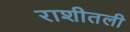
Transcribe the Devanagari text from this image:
राशीतली